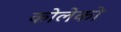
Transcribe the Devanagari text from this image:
कोलेको